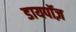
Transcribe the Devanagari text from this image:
डायपॉज़